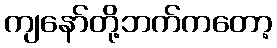
ကျနော်တို့ဘက်ကတော့